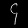
Digit: ၄